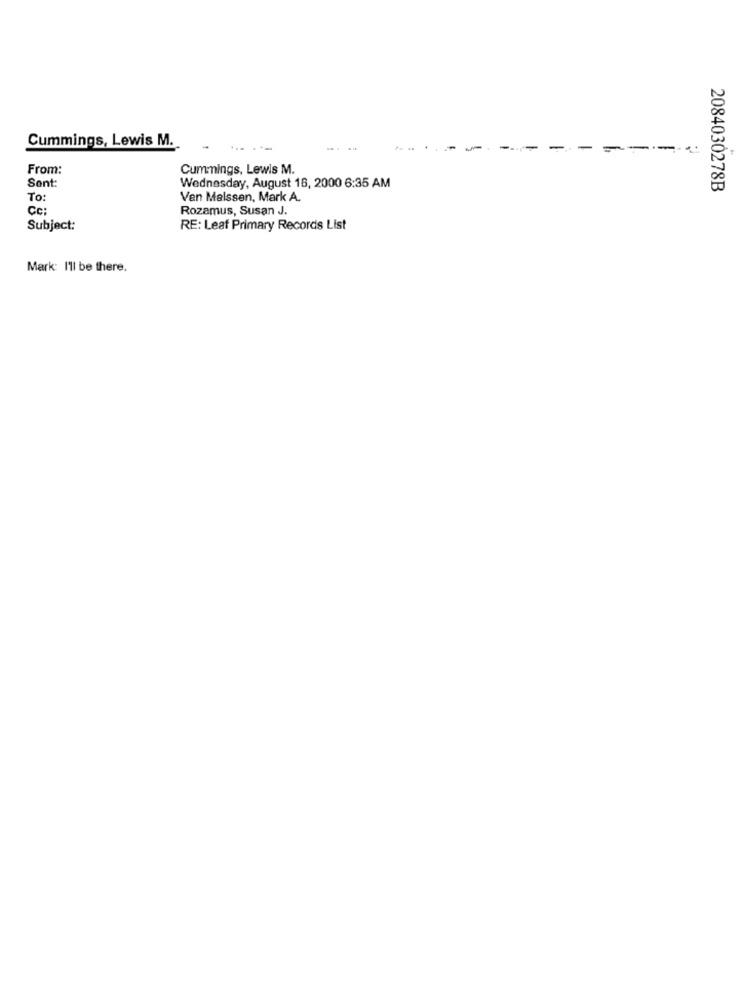
Cummings, Lewis M.
-
-
-
---
From:
Cummings, Lewis M.
Sont:
Wednesday, August 16, 2000 6:35 AM
2084030278B
To:
Ven Malssen, Mark A.
Cc:
Rozamus, Susan J.
Subject:
RE: Leaf Primary Records List
Mark: I'll be there.